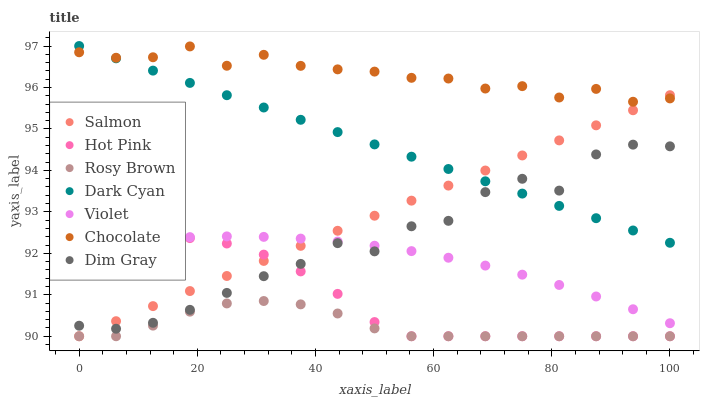
| xaxis_label | Salmon | Hot Pink | Rosy Brown | Dark Cyan | Violet | Chocolate | Dim Gray |
 | --- | --- | --- | --- | --- | --- | --- | --- |
 | 0 | 90 | 91.9 | 90 | 97 | 92.2 | 96.8 | 90.3 |
 | 6.25 | 90.4 | 92.2 | 90 | 96.7 | 92.3 | 96.7 | 90.2 |
 | 12.5 | 90.7 | 92.4 | 90.3 | 96.4 | 92.3 | 96.7 | 90.3 |
 | 18.8 | 91.1 | 92.4 | 90.6 | 96.1 | 92.4 | 97 | 90.6 |
 | 25 | 91.5 | 92.2 | 90.8 | 95.8 | 92.4 | 96.5 | 91 |
 | 31.2 | 91.8 | 92 | 90.8 | 95.5 | 92.4 | 96.8 | 91.4 |
 | 37.5 | 92.2 | 91.6 | 90.8 | 95.2 | 92.4 | 96.5 | 91.7 |
 | 43.8 | 92.5 | 91 | 90.5 | 94.9 | 92.3 | 96.4 | 92.2 |
 | 50 | 92.9 | 90.3 | 90.2 | 94.6 | 92.2 | 96.4 | 92 |
 | 56.2 | 93.3 | 90 | 90 | 94.3 | 92.1 | 96.2 | 92.7 |
 | 62.5 | 93.6 | 90 | 90 | 94 | 91.9 | 96.2 | 92.8 |
 | 68.8 | 94 | 90 | 90 | 93.7 | 91.7 | 96 | 93.5 |
 | 75 | 94.4 | 90 | 90 | 93.4 | 91.5 | 96 | 93.8 |
 | 81.2 | 94.7 | 90 | 90 | 93.1 | 91.2 | 95.8 | 93.5 |
 | 87.5 | 95.1 | 90 | 90 | 92.8 | 91 | 96 | 94.4 |
 | 93.8 | 95.5 | 90 | 90 | 92.6 | 90.7 | 95.7 | 94.6 |
 | 100 | 95.8 | 90 | 90 | 92.3 | 90.3 | 95.7 | 94.6 |